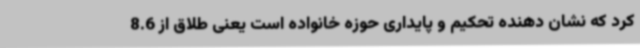
کرد که نشان دهنده تحکیم و پایداری حوزه خانواده است یعنی طلاق از 8.6